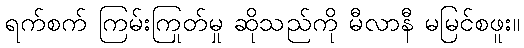
ရက်စက် ကြမ်းကြုတ်မှု ဆိုသည်ကို မီလာနီ မမြင်စဖူး။